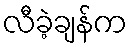
လီခဲ့ချန်က